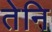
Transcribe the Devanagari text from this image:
तेनि